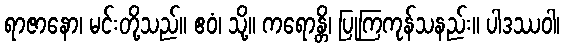
ရာဇာနော၊ မင်းတို့သည်။ ဧဝံ၊ သို့။ ကရောန္တိ၊ ပြုကြကုန်သနည်း။ ပါဒဿဝါ၊